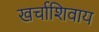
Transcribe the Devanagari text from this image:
खर्चाशिवाय